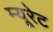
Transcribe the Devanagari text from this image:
म्यूरेट